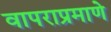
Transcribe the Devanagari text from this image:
वापराप्रमाणे